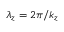
\lambda _ { z } = 2 \pi / k _ { z }